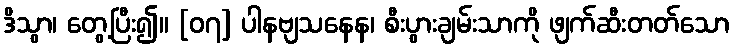
ဒိသွာ၊ တွေ့ပြီး၍။ [၀၇] ပါနဗျသနေန၊ စီးပွားချမ်းသာကို ဖျက်ဆီးတတ်သော